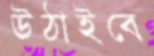
উঠাইবে